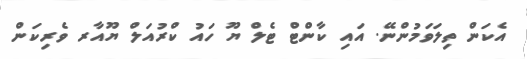
އެކަން ތިލަވަމުންނޭ. އައި ކާންޓް ޓެލް ޔޫ ހައު ކްރުއަލް ޔޫއާރ ވެރިކަން